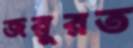
জরুরত